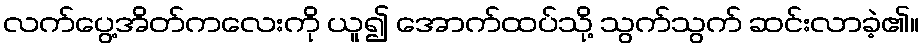
လက်ပွေ့အိတ်ကလေးကို ယူ၍ အောက်ထပ်သို့ သွက်သွက် ဆင်းလာခဲ့၏။